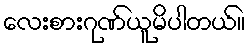
လေးစားဂုဏ်ယူမိပါတယ်။